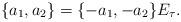
LaTeX: \begin{align*}\{a_{1},a_{2}\}=\{-a_{1},-a_{2}\} E_{\tau}. \end{align*}